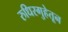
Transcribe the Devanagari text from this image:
रुधिरगुहेतून